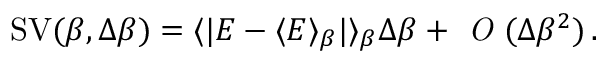
\operatorname { S V } ( \beta , \Delta \beta ) = \langle | E - \langle E \rangle _ { \beta } | \rangle _ { \beta } \Delta \beta + \textit { O } ( \Delta \beta ^ { 2 } ) \, .